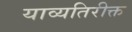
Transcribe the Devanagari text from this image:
याव्यतिरीक्त